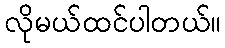
လိုမယ်ထင်ပါတယ်။